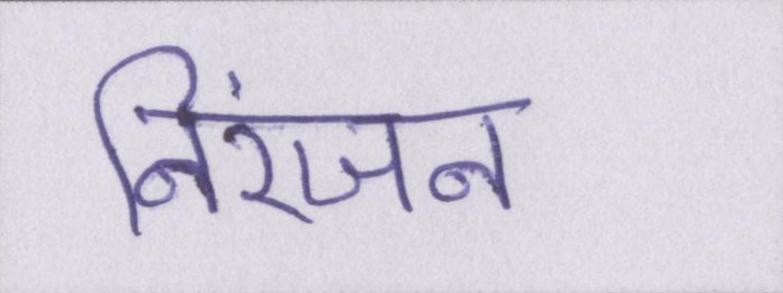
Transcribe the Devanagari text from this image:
निरंजन